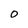
Character: 0